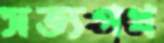
সত্যপথ